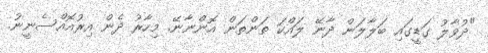
"ދުވާލު ގަޑީގައި ބަލާލަން ދާނޭ ލައްކަ ތަންތަން އޮންނާނޭ. މިހާރު ދެން އިރުއޮއްސެނީނު.